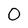
Character: 0